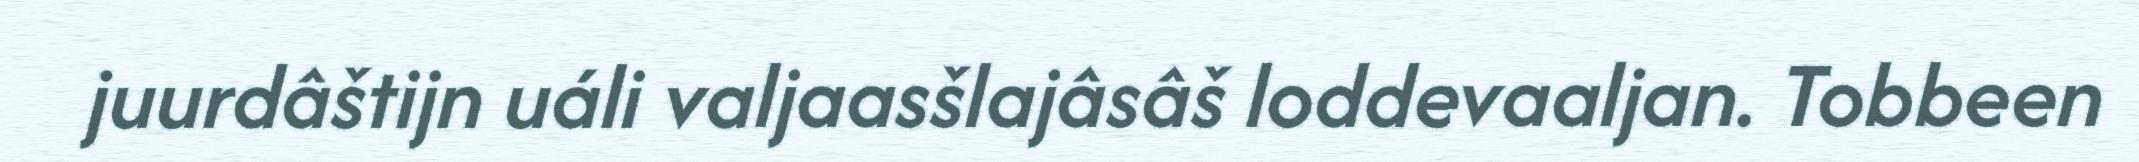
juurdâštijn uáli valjaasšlajâsâš loddevaaljan. Tobbeen